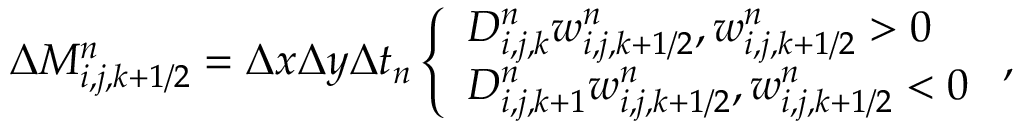
\begin{array} { r } { \Delta M _ { i , j , k + 1 / 2 } ^ { n } = \Delta x \Delta y \Delta t _ { n } \left\{ \begin{array} { l l } { D _ { i , j , k } ^ { n } w _ { i , j , k + 1 / 2 } ^ { n } , w _ { i , j , k + 1 / 2 } ^ { n } > 0 } \\ { D _ { i , j , k + 1 } ^ { n } w _ { i , j , k + 1 / 2 } ^ { n } , w _ { i , j , k + 1 / 2 } ^ { n } < 0 } \end{array} \right. , } \end{array}